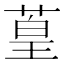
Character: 葟